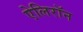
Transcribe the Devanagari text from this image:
ऐलिरॉन